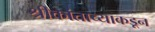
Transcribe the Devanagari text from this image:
श्रीकांताच्याकडून